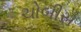
ચોબીસ